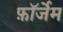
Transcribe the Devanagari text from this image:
फ़ॉर्जेम